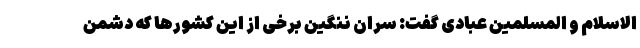
الاسلام و المسلمین عبادی گفت: سران ننگین برخی از این کشورها که دشمن